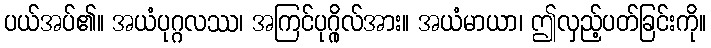
ပယ်အပ်၏။ အယံပုဂ္ဂလဿ၊ အကြင်ပုဂ္ဂိုလ်အား။ အယံမာယာ၊ ဤလှည့်ပတ်ခြင်းကို။